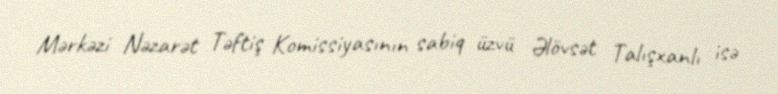
Mərkəzi Nəzarət Təftiş Komissiyasının sabiq üzvü Əlövsət Talışxanlı isə